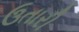
ઉતારી